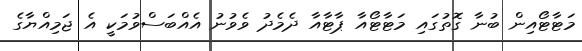
މަޓާޓޯއިން ބުނާ ގޮތުގައި މަޓާޓޯއާ ޕާޓާއާ ދެމެދު ވެވުނު އެއްބަސްވުމަކީ އެ ޖަމިއްޔާގެ